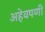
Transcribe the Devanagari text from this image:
अहेवपणी